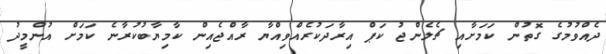
ދެއްވުމުގެ ގޮތުން ކަމަށާއި ޗެލެންޖު ކަޕް އިރާދަކުރެއްވިއްޔާ ރާއްޖެއިން ކާމިޔާބުކުރާނެ ކަމަށް އުންމީދު